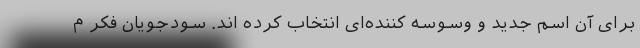
برای آن اسم جدید و وسوسه کننده‌ای انتخاب کرده اند. سودجویان فکر م